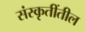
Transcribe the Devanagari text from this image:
संस्कृतींतील